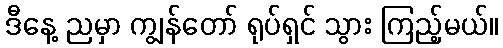
ဒီနေ့ ညမှာ ကျွန်တော် ရုပ်ရှင် သွား ကြည့်မယ်။